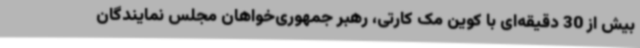
بیش از 30 دقیقه‌ای با کوین مک کارتی، رهبر جمهوری‌خواهان مجلس نمایندگان